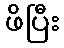
ဖိပြီး